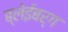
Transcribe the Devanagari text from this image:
ब्लेईबर्ग